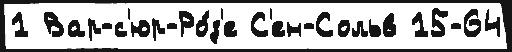
1 Вар-с'юр-Ро́з'е С'ен-Сольв 15-64